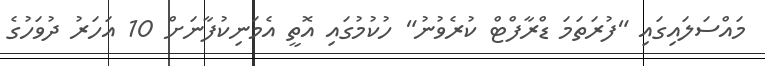
މައްސަލައިގައި "ފުރަތަމަ ޑްރާފްޓް ކުރެވުނު" ހުކުމުގައި އޮތީ އެމަނިކުފާނަށް 10 އަހަރު ދުވަހުގެ